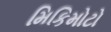
મિકિમોટો